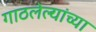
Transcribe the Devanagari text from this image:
गाठलेल्यांच्या